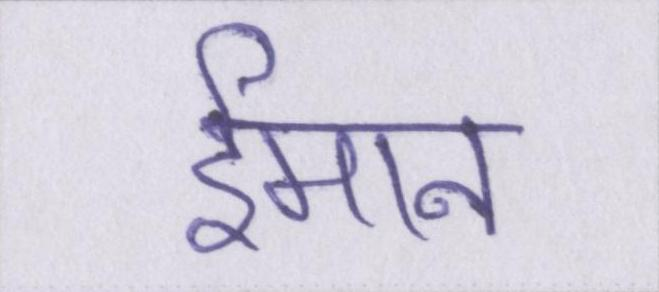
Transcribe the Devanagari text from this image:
ईमान